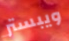
ويبستر